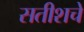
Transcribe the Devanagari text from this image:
सतीशचे